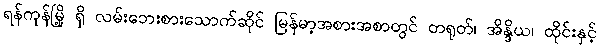
ရန်ကုန်မြို့ ရှိ လမ်းဘေးစားသောက်ဆိုင် မြန်မာ့အစားအစာတွင် တရုတ်၊ အိန္ဒိယ၊ ထိုင်းနှင့်